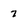
Character: 7